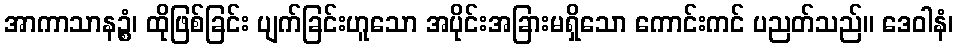
အာကာသာနဉ္စံ၊ ထိုဖြစ်ခြင်း ပျက်ခြင်းဟူသော အပိုင်းအခြားမရှိသော ကောင်းကင် ပညတ်သည်။ ဒေဝါနံ၊